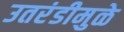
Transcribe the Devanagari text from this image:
उतरंडीमुळे